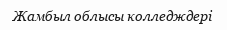
Жамбыл облысы колледждері